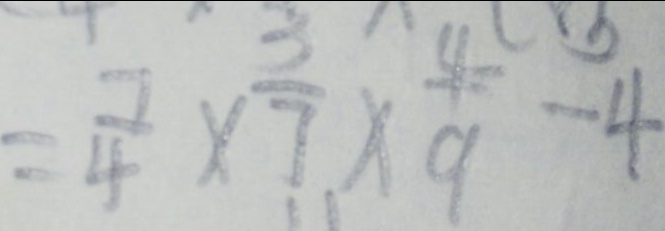
= \frac { 7 } { 4 } \times \frac { 3 } { 7 } \times \frac { 4 } { 9 } - 4